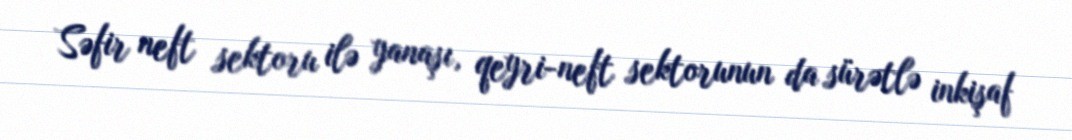
Səfir neft sektoru ilə yanaşı, qeyri-neft sektorunun da sürətlə inkişaf